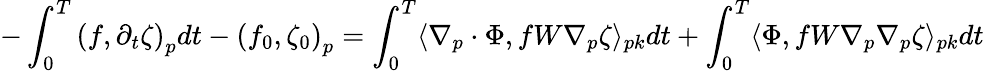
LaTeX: -\int_{0}^{T}\left(f,\partial_{t}\zeta\right)_{p}dt-\left(f_{0},\zeta_{0}\right)_{p}=\int_{0}^{T}\langle\nabla_{p}\cdot\Phi,fW\nabla_{p}\zeta\rangle_{pk}dt+\int_{0}^{T}\langle\Phi,fW\nabla_{p}\nabla_{p}\zeta\rangle_{pk}dt